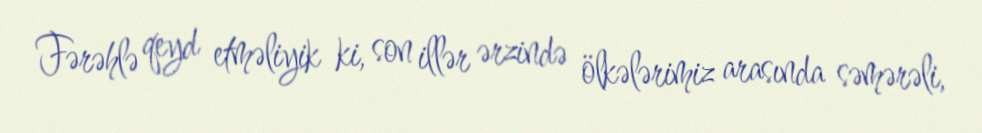
Fərəhlə qeyd etməliyik ki, son illər ərzində ölkələrimiz arasında səmərəli,